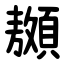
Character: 䫨